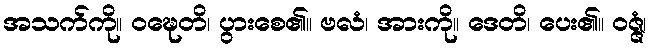
အသက်ကို။ ဝဍ္ဎေတိ၊ ပွားစေ၏။ ဗလံ၊ အားကို။ ဒေတိ၊ ပေး၏။ ဝဇ္ဇံ၊